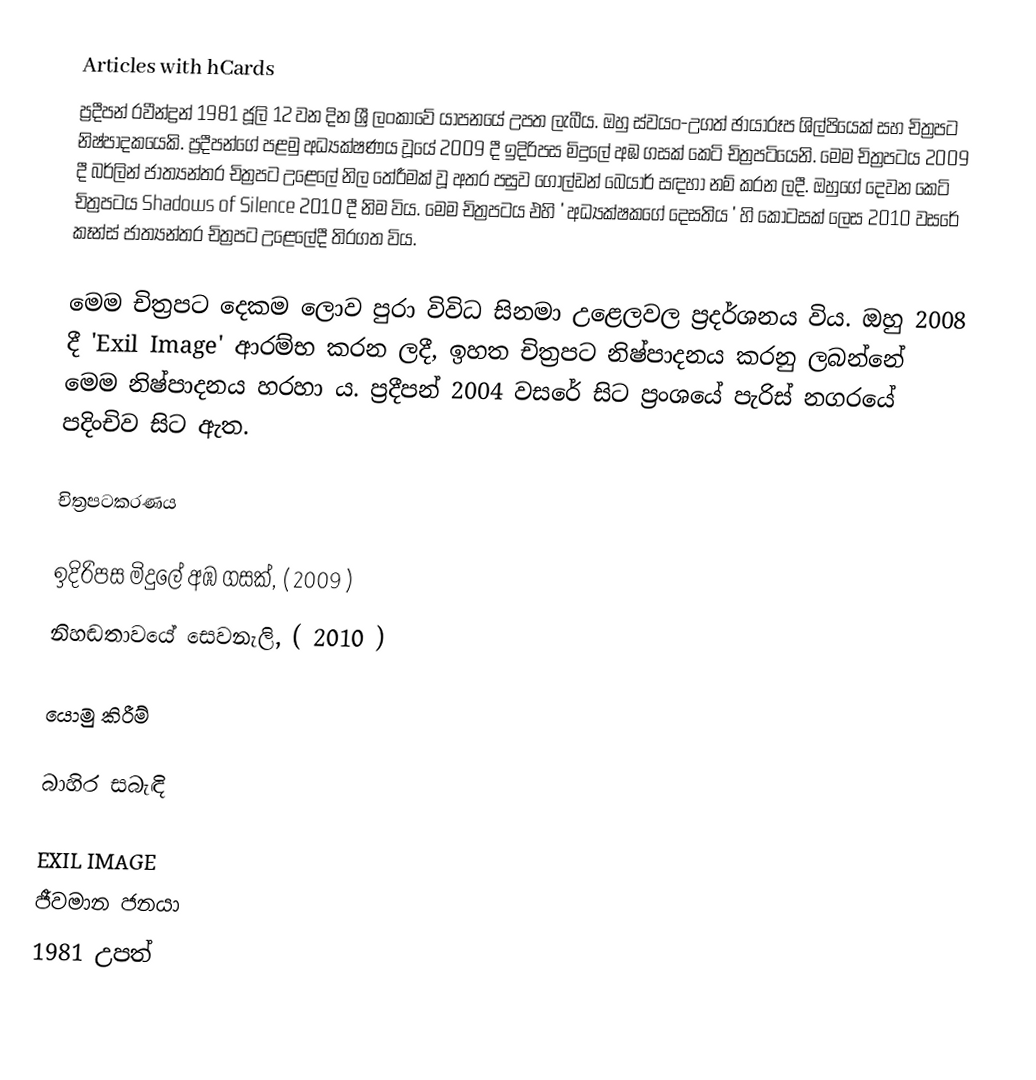
Articles with hCards
ප්‍රදීපන් රවීන්ද්‍රන්   1981 ජූලි 12 වන දින ශ්‍රී ලංකාවේ යාපනයේ උපත ලැබීය. ඔහු ස්වයං-උගත් ඡායාරූප ශිල්පියෙක් සහ චිත්‍රපට නිෂ්පාදකයෙකි. ප්‍රදීපන්ගේ පළමු අධ්‍යක්ෂණය වූයේ 2009 දී ඉදිරිපස මිදුලේ අඹ ගසක් කෙටි චිත්‍රපටියෙනි. මෙම චිත්‍රපටය 2009 දී බර්ලින් ජාත්‍යන්තර චිත්‍රපට උළෙලේ  නිල තේරීමක් වූ අතර පසුව ගෝල්ඩන් බෙයාර් සඳහා නම් කරන ලදී. ඔහුගේ දෙවන කෙටි චිත්‍රපටය Shadows of Silence 2010 දී නිම විය. මෙම චිත්‍රපටය එහි ' අධ්‍යක්ෂකගේ දෙසතිය ' හි කොටසක් ලෙස 2010 වසරේ කෑන්ස් ජාත්‍යන්තර චිත්‍රපට උළෙලේදී තිරගත විය.

මෙම චිත්‍රපට දෙකම ලොව පුරා විවිධ සිනමා උළෙලවල ප්‍රදර්ශනය විය.   ඔහු 2008 දී 'Exil Image'  ආරම්භ කරන ලදී, ඉහත චිත්‍රපට නිෂ්පාදනය කරනු ලබන්නේ මෙම නිෂ්පාදනය හරහා ය. ප්‍රදීපන් 2004 වසරේ සිට ප්‍රංශයේ පැරිස් නගරයේ පදිංචිව සිට ඇත.

චිත්‍රපටකරණය

 ඉදිරිපස මිදුලේ අඹ ගසක්, ( 2009 )
 නිහඬතාවයේ සෙවනැලි, ( 2010 )

යොමු කිරීම්

බාහිර සබැඳි

 EXIL IMAGE
ජීවමාන ජනයා
1981 උපත්